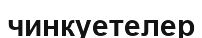
чинкуетелер